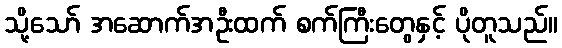
သို့သော် အဆောက်အဦးထက် စက်ကြီးတွေနှင့် ပိုတူသည်။